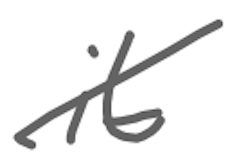
Text: it
Cross-out: diagonal
Writing tool: digital_gray